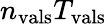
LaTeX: n_{\mathrm{vals}}T_{\mathrm{vals}}